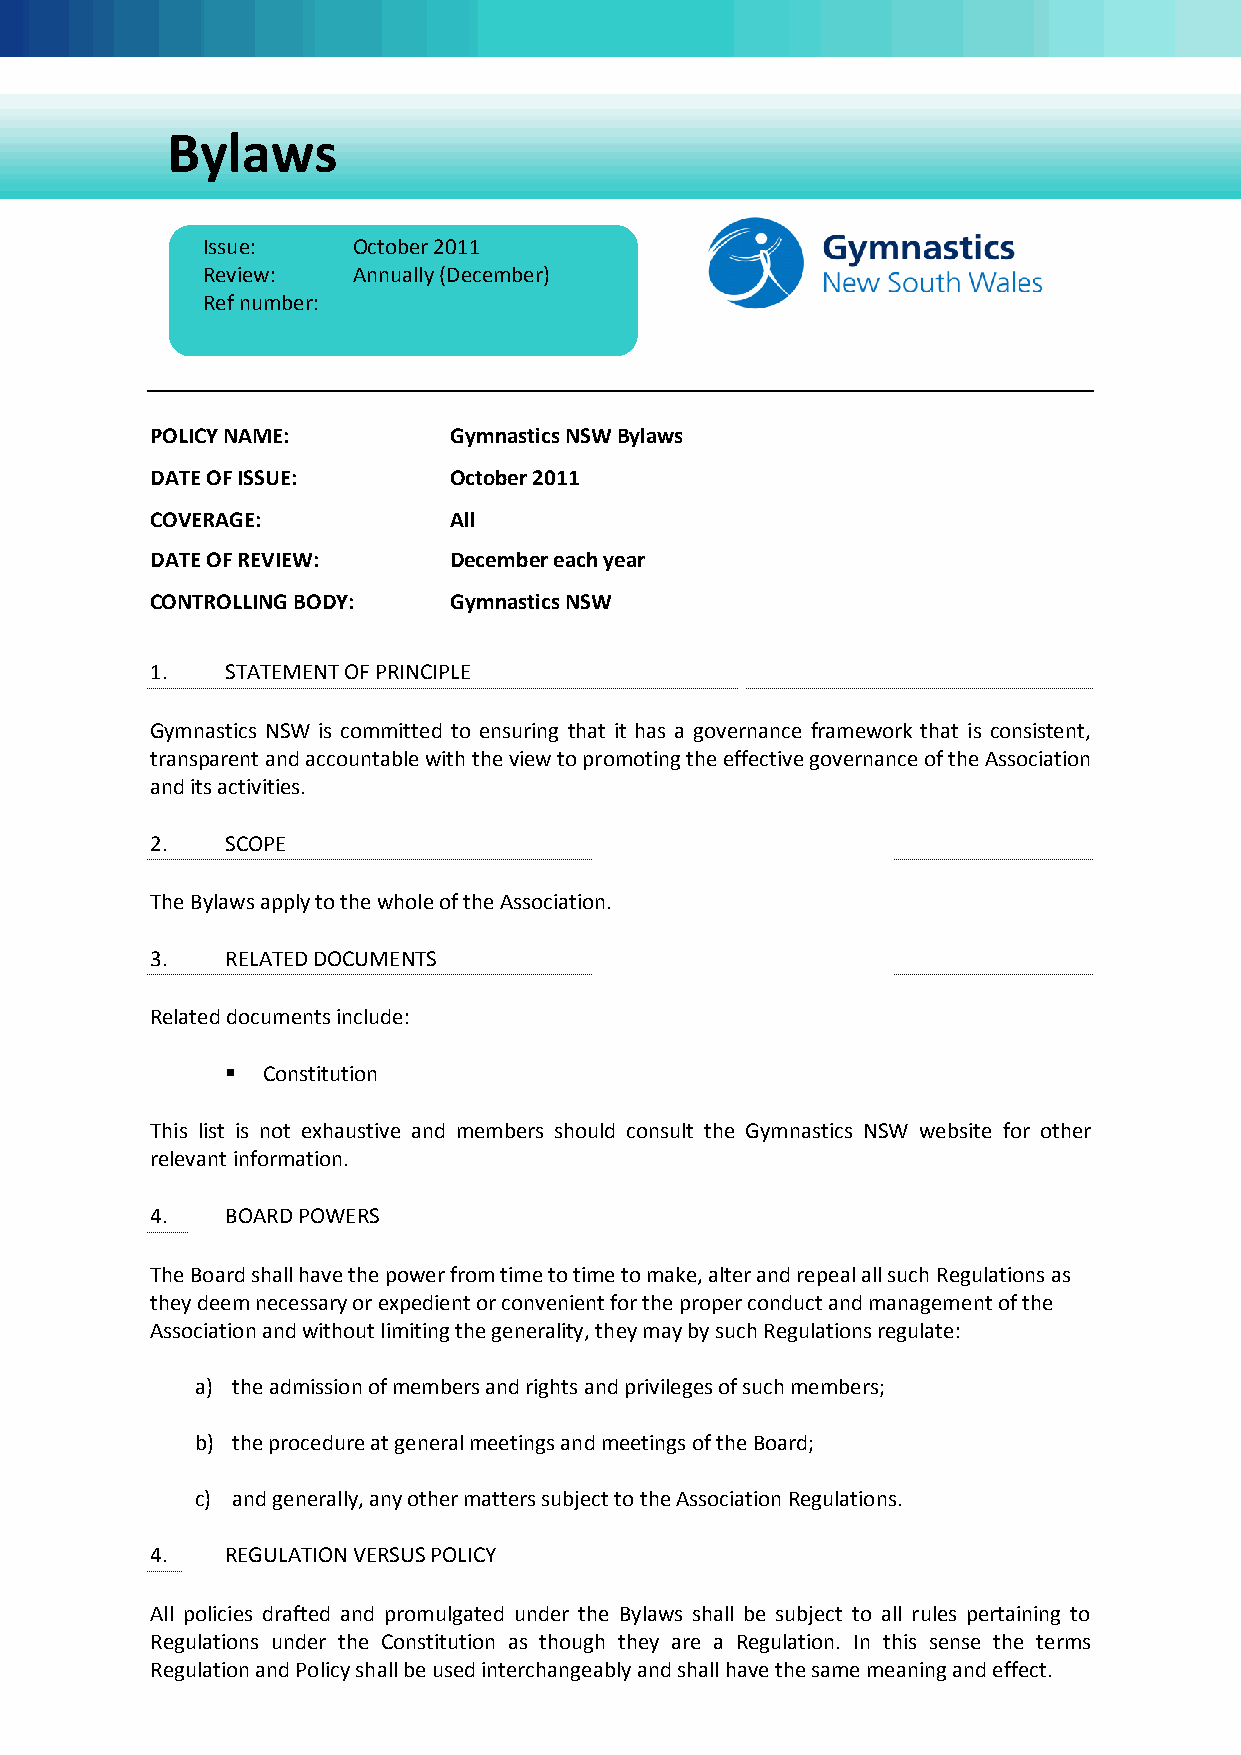
Bylaws
 Issue:    October 2011
 Review:   Annually (December)
 Ref number:
 POLICY NAME:        Gymnastics NSW Bylaws
 DATE OF ISSUE:      October 2011
 COVERAGE:           All
 DATE OF REVIEW:     December each year
 CONTROLLING BODY:   Gymnastics NSW
 1.   STATEMENT OF PRINCIPLE
 Gymnastics NSW is committed to ensuring that it has a governance framework that is consistent,
 transparent and accountable with the view to promoting the effective governance of the Association
 and its activities.
 2.   SCOPE
 The Bylaws apply to the whole of the Association.
 3.   RELATED DOCUMENTS
 Related documents include:
  Constitution
 This list is not exhaustive and members should consult the Gymnastics NSW website for other
 relevant information.
 4.   BOARD POWERS
 The Board shall have the power from time to time to make, alter and repeal all such Regulations as
 they deem necessary or expedient or convenient for the proper conduct and management of the
 Association and without limiting the generality, they may by such Regulations regulate:
 a) the admission of members and rights and privileges of such members;
 b) the procedure at general meetings and meetings of the Board;
 c) and generally, any other matters subject to the Association Regulations.
 4.   REGULATION VERSUS POLICY
 All policies drafted and promulgated under the Bylaws shall be subject to all rules pertaining to
 Regulations under the Constitution as though they are a Regulation. In this sense the terms
 Regulation and Policy shall be used interchangeably and shall have the same meaning and effect.